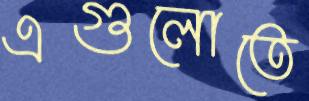
এগুলোতে